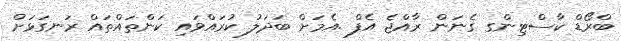
ބްރޯޑް ކާސްޓިންގ ގެނަން ރާއްޖެ އެފް .އެމަށް ބަދަލު ކުރައްވައި ކަންތައްތައް ރަނގަޅަށް